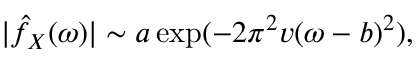
| \hat { f } _ { X } ( \omega ) | \sim a \exp ( - 2 \pi ^ { 2 } v ( \omega - b ) ^ { 2 } ) ,